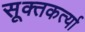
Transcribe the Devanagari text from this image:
सूक्तकर्त्या